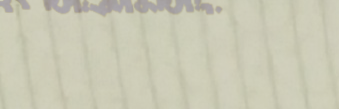
بيع وتوزيع منتجات العافية